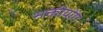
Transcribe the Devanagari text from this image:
भक्तीयोग